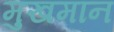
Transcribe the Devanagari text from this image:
मुखमान